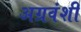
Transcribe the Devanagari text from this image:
अग्रवंशी